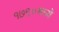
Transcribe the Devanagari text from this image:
१७९०मध्ये